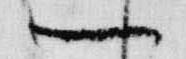
一